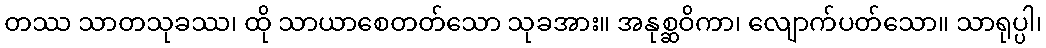
တဿ သာတသုခဿ၊ ထို သာယာစေတတ်သော သုခအား။ အနုစ္ဆဝိကာ၊ လျောက်ပတ်သော။ သာရုပ္ပါ၊